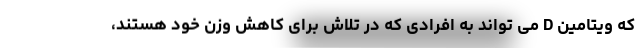
که ویتامین D می تواند به افرادی که در تلاش برای کاهش وزن خود هستند،